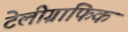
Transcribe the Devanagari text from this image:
टेलीग्राफिक